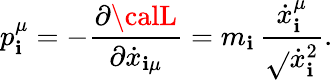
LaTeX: p_{\mathbf{i}}^{\mu}=-{\frac{{\partial{\calL}}}{{\partial{\dot{{x}}}_{\mathbf{i}\mu}}}}=m_{\mathbf{i}}\, {\frac{{{\dot{{x}}}_{\mathbf{i}}^{\mu}}}{{\sqrt{}{{{\dot{{x}}}_{\mathbf{i}}^{2}}}}}}.